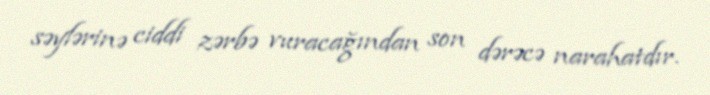
səylərinə ciddi zərbə vuracağından son dərəcə narahatdır.